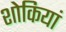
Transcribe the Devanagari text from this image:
शोकियां